Senior Leaving Certificate Examination (including Day School Certificate (Higher) General paper), 1948
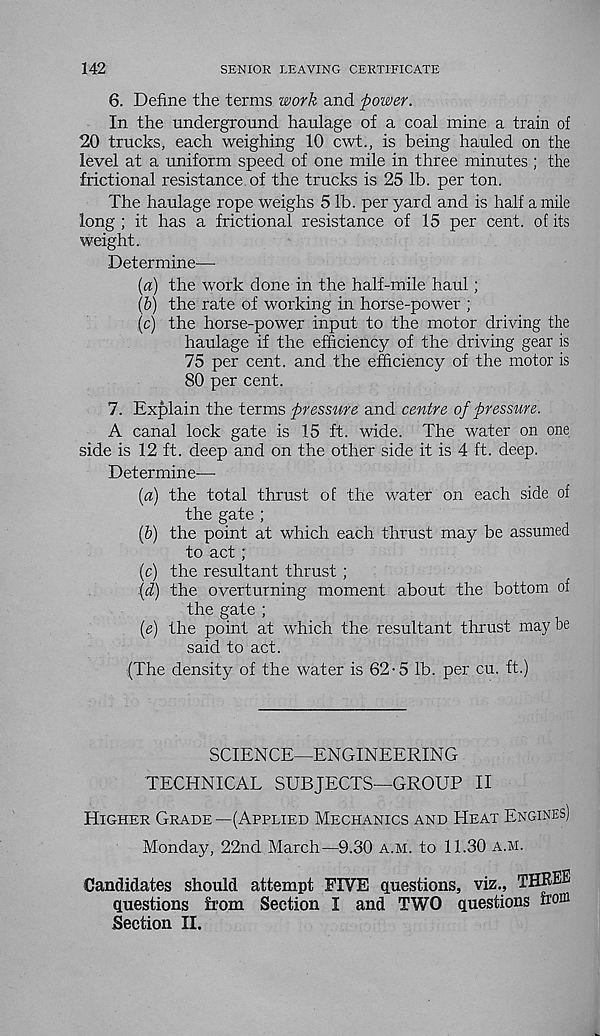
142
SENIOR LEAVING CERTIFICATE
6. Define the terms work and power.
In the underground haulage of a coal mine a train of
20 trucks, each weighing 10 cwt., is being hauled on the
level at a uniform speed of one mile in three minutes ; the
frictional resistance of the trucks is 25 lb. per ton.
The haulage rope weighs 5 lb. per yard and is half a mile
long ; it has a frictional resistance of 15 per cent, of its
weight.
Determine—
(a) the work done in the half-mile haul;
{b) the rate of working in horse-power ;
(c) the horse-power input to the motor driving the
haulage if the efficiency of the driving gear is
75 per cent, and the efficiency of the motor is
80 per cent.
7. Explain the terms pressure and centre of pressure.
A canal lock gate is 15 ft. wide. The water on one
side is 12 ft. deep and on the other side it is 4 ft. deep.
Determine-—
{a) the total thrust of the water on each side of
the gate ;
(b) the point at which each thrust may be assumed
to act ;
(c) the resultant thrust ;
{d) the overturning moment about the bottom of
the gate ;
(e) the point at which the resultant thrust may be
said to act.
(The density of the water is 62-5 lb. per cu. ft.)
SCIENCE-ENGINEERING
TECHNICAL SUBJECTS—GROUP II
Higher Grade —(Applied Mechanics and Heat Engines)
Monday, 22nd March—9.30 a.m. to 11.30 a.m.
Candidates should attempt FIVE questions, viz., THREE
questions from Section I and TWO questions n' onl
Section II.